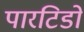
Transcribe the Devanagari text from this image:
पारटिडो